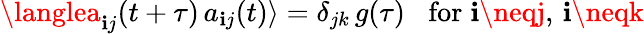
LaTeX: \langlea_{\mathbf{i}j}(t+\tau)\, a_{\mathbf{i}j}(t)\rangle=\delta_{jk}\, g(\tau)\; \; \; \mathrm{{for}}\; \mathbf{i}\neqj,\, \mathbf{i}\neqk